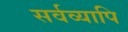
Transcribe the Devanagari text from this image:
सर्वव्यापि